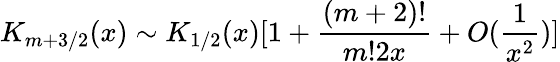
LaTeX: K_{m+3/2}(x)\sim K_{1/2}(x)[1+{\frac{(m+2)!}{m!2x}}+O({\frac{1}{x^{2}}})]